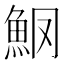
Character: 𫙑